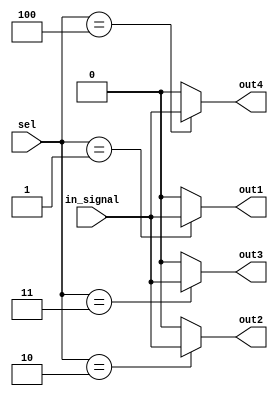
module demux_1to4 (
   input wire [2:0] sel,
   input wire in_signal,
   output wire out1,
   output wire out2,
   output wire out3,
   output wire out4
);

assign out1 = (sel == 3'b001) ? in_signal : 1'b0;
assign out2 = (sel == 3'b010) ? in_signal : 1'b0;
assign out3 = (sel == 3'b011) ? in_signal : 1'b0;
assign out4 = (sel == 3'b100) ? in_signal : 1'b0;

endmodule